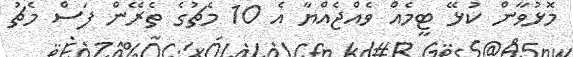
މޮޅުވާން ކުޅޭ ޓީމެއް ވެއްޖެއްޔާ އެ 10 މެޗުގެ ތެރޭން ފަސް މެޗު